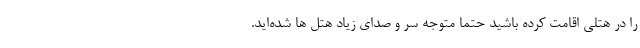
را در هتلی اقامت کرده باشید حتما متوجه سر و صدای زیاد هتل ها شده‌اید.